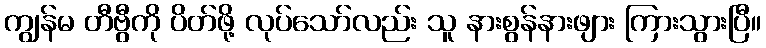
ကျွန်မ တီဗွီကို ပိတ်ဖို့ လုပ်သော်လည်း သူ နားစွန်နားဖျား ကြားသွားပြီ။